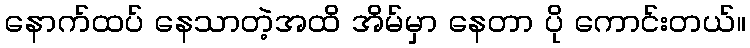
နောက်ထပ် နေသာတဲ့အထိ အိမ်မှာ နေတာ ပို ကောင်းတယ်။